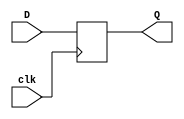
module D_flip_flop(
  input wire D,
  input wire clk,
  output reg Q
);

always@(posedge clk)
begin
  Q <= D;
end

endmodule